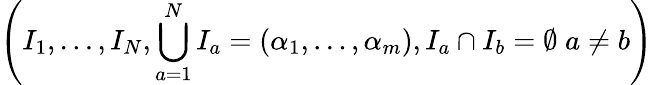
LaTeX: \left(I_{1},\ldots,I_{N},\bigcup_{a=1}^{N}I_{a}=(\alpha_{1},\ldots,\alpha_{m}),I_{a}\cap I_{b}=\emptyset\; a\neq b\right)